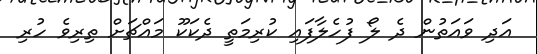
އަދި ވައަތުން ދެ ލޯ ފުހެލާފައި ކުރިމަތީ ދެކަކޫ މައްޗަށް ތިރިވެ ހުރި